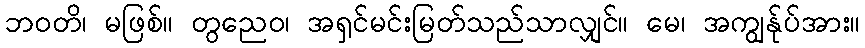
ဘဝတိ၊ မဖြစ်။ တွညေဝ၊ အရှင်မင်းမြတ်သည်သာလျှင်။ မေ၊ အကျွန်ုပ်အား။